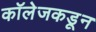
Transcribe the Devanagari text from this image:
कॉलेजकडून